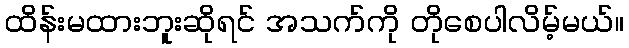
ထိန်းမထားဘူးဆိုရင် အသက်ကို တိုစေပါလိမ့်မယ်။